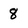
Character: 8